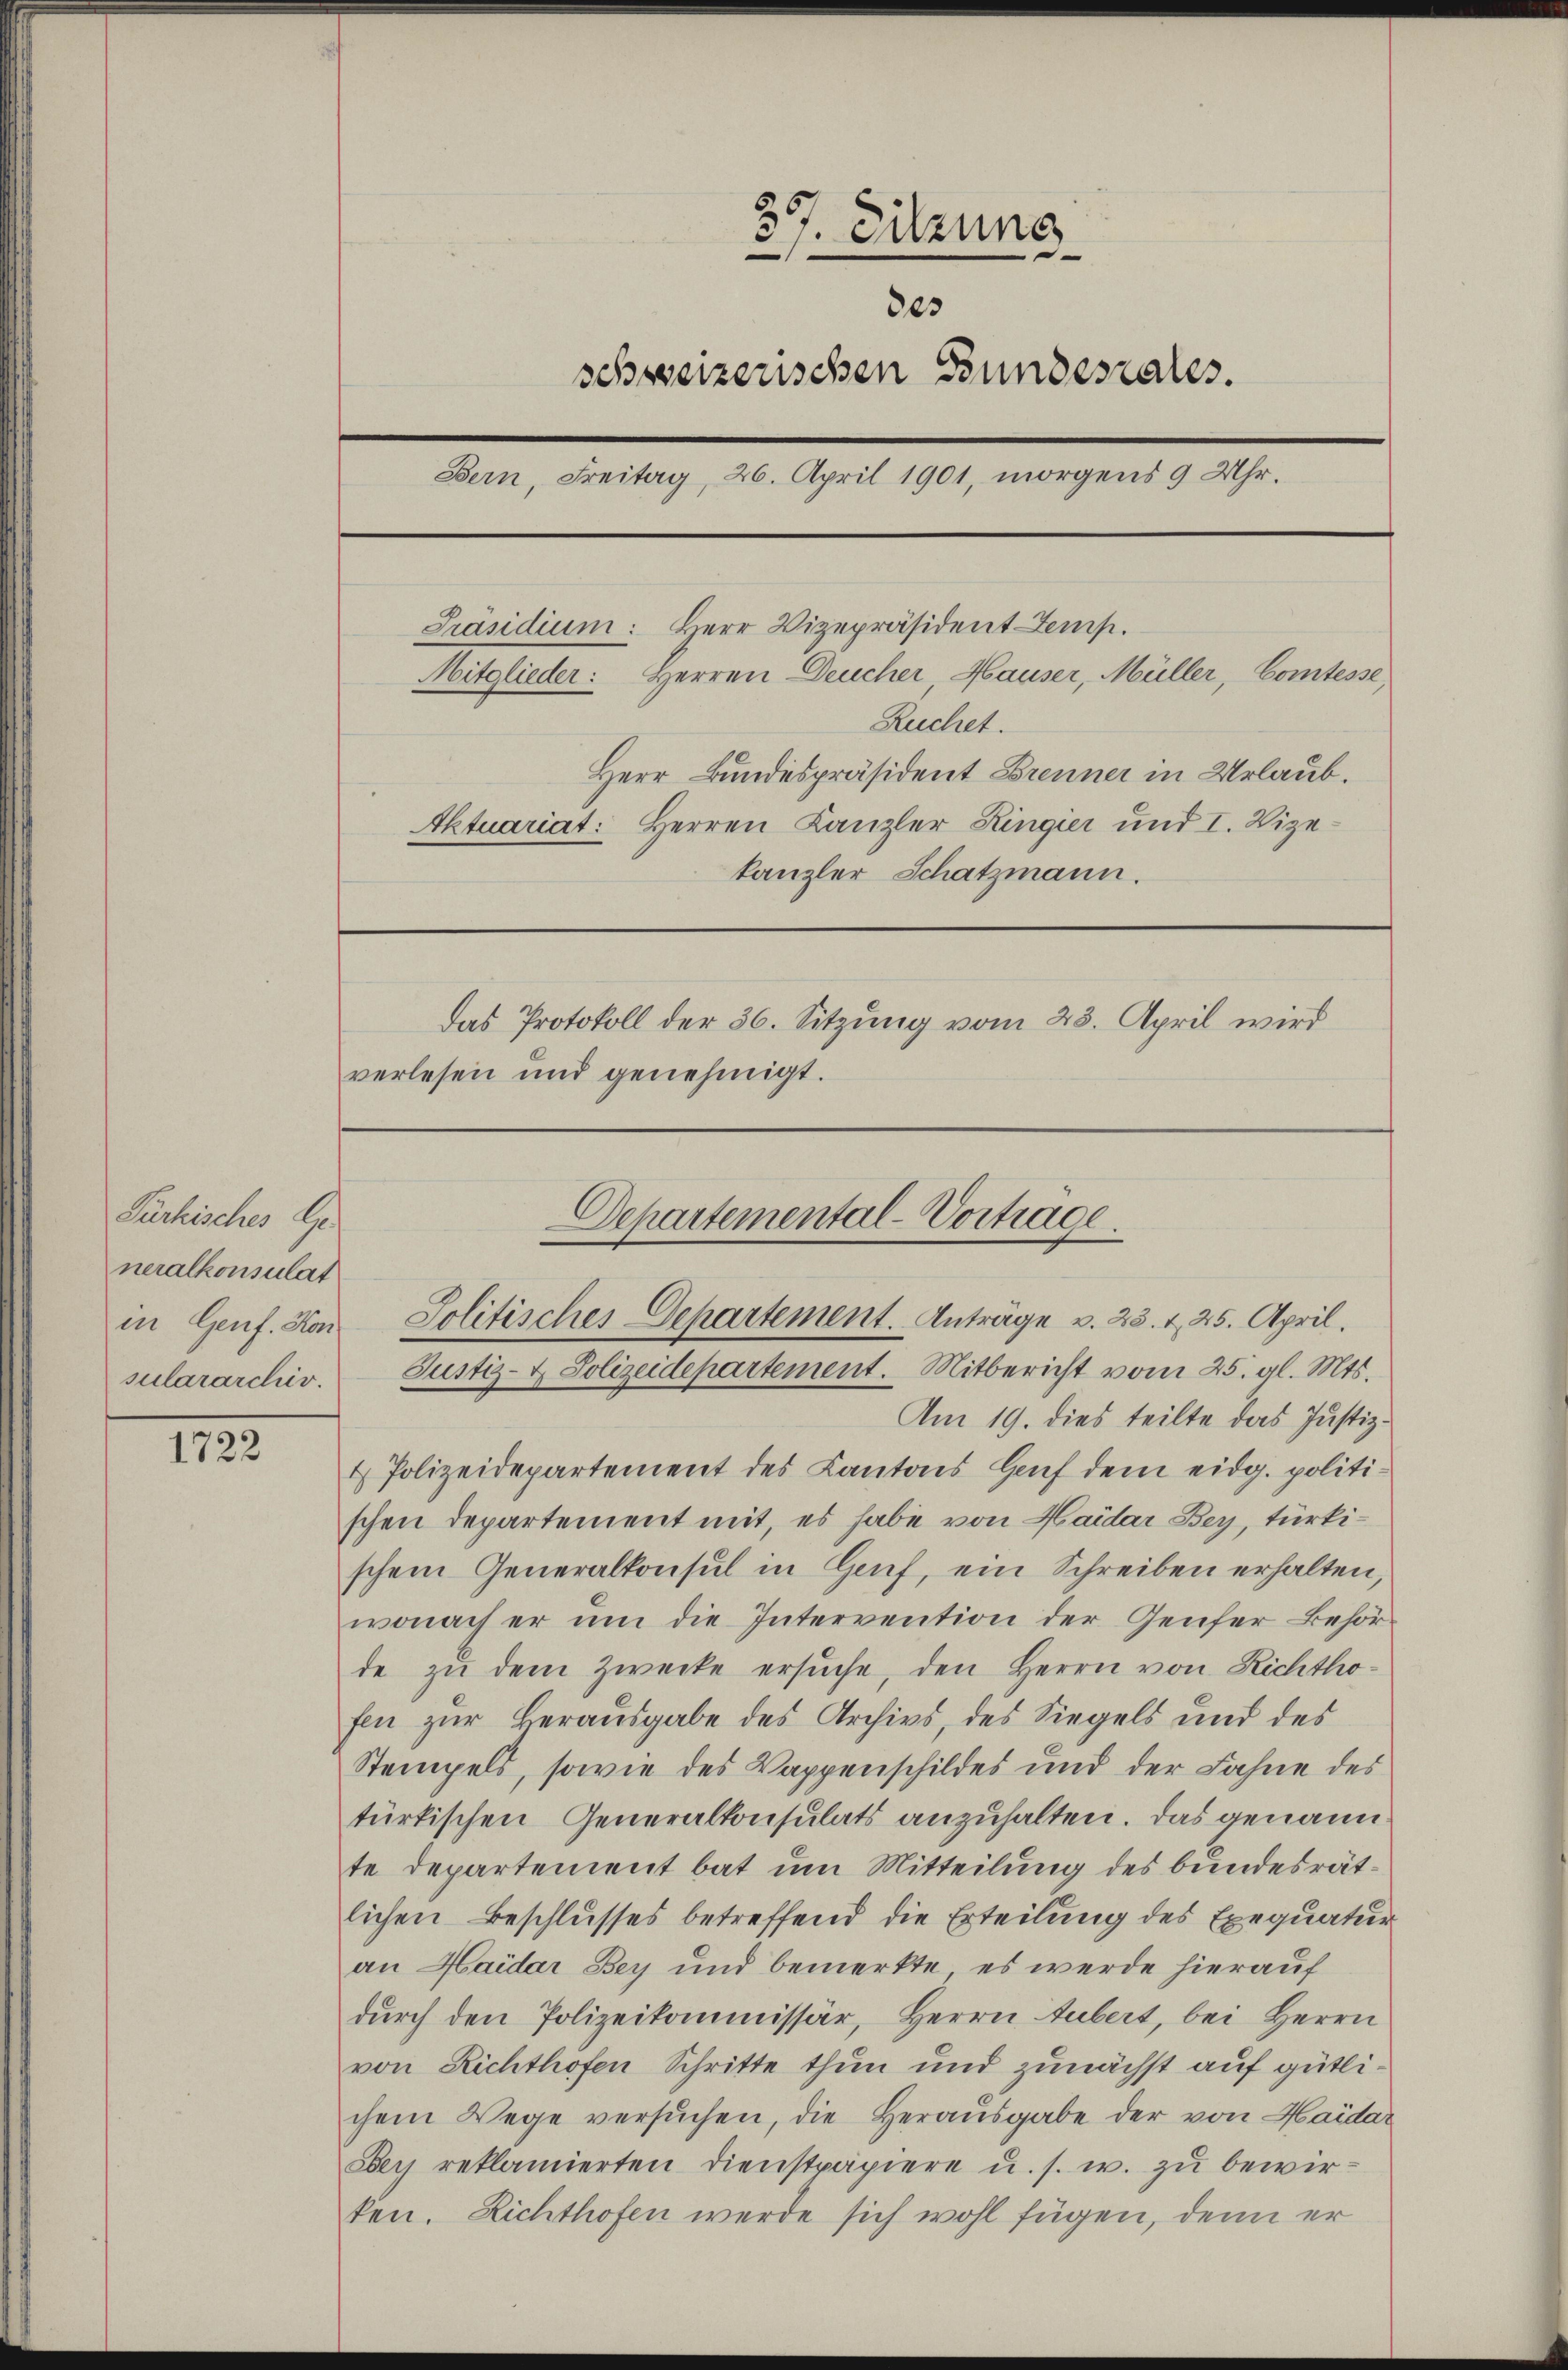
Purkisches Ge
neralkonsulat
sulararchiv.

1722

Am 19. dies teilte das Justiz¬
4 Polizeidepartement des Kantons Genf dem eidg. politischen Departement mit, es habe von Haider Bey, türkischem Generalkonsul in Genf, ein Schreiben erhalten,
wonach er um die Intervention der Genfer Behörde zŭ dem Zwecke ersŭche, den Herrn von Richthofen zur Berausgabe des Archivs, des Siegels und des
Stempels, sowie des Wappenschildes und der Fahne des
türkischen Generalkonsulats anzuhalten. Das genannte Departement bat um Mitteilung des bundesrätlichen Beschlusses betreffend die Erteilung des Exequatur
an Haider Bey und bemerkte, es werde hierauf
dŭrch den Polizeikommissär, Herrn Hubert, bei Herrn
von Richthofen Schritte thun und zunächst auf gütlichem Wege versŭchen, die Heraŭsgabe der von Haidar
Sey reklamierten Dienstpapiere u. s. w. zu bewirken. Richthofen werde sich wohl fügen, denn er

39. Sitzung
e
des
schweizerischen Bundesrates.
Bern, Freitag, 26. April 1901, morgens 9 Uhr.
Präsidium: Herr Vizepräsident emp
Mitglieder: Herren Deucher Hauser, Müller, Comtesse,
Ruchet.
Herr Bundespräsident Brenner in Urlaub.
Aktuariat: Herren Kanzler Ringier und I. Vize-
kanzler Schatzmann.
Das Protokoll der 36. Sitzung vom 23. April wird
verlesen und genehmigt.

Departemental-Vortrage.
in Genf. Von Politisches Departement. Anträge v. 23. 1, 25. April.
Justiz- & Polizeidepartement. Mitbericht vom 25. gl. Mts.